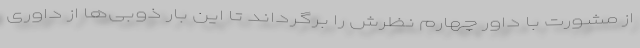
از مشورت با داور چهارم نظرش را برگرداند تا این بار ذوبی‌ها از داوری